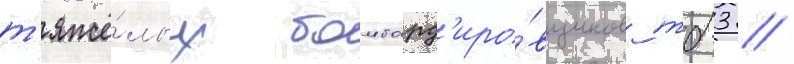
т'яжё́лых бомбард'иро́вщиков тб-3 /